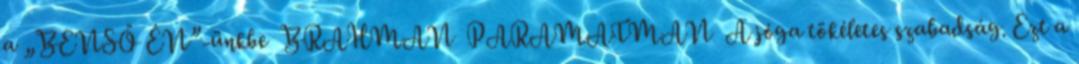
a „BENSŐ ÉN”-ünkbe BRAHMAN PARAMATMAN A jóga tökéletes szabadság. Ezt a